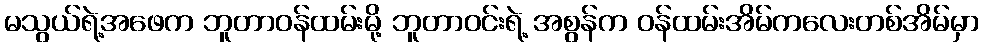
မသွယ်ရဲ့အဖေက ဘူတာဝန်ထမ်းမို့ ဘူတာဝင်းရဲ့ အစွန်က ဝန်ထမ်းအိမ်ကလေးတစ်အိမ်မှာ